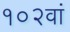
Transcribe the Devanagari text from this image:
१०२वां